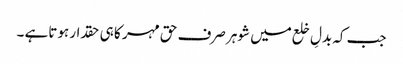
جب کہ بدلِ خلع میں شوہر صرف حق مہر کا ہی حقدار ہوتاہے ۔